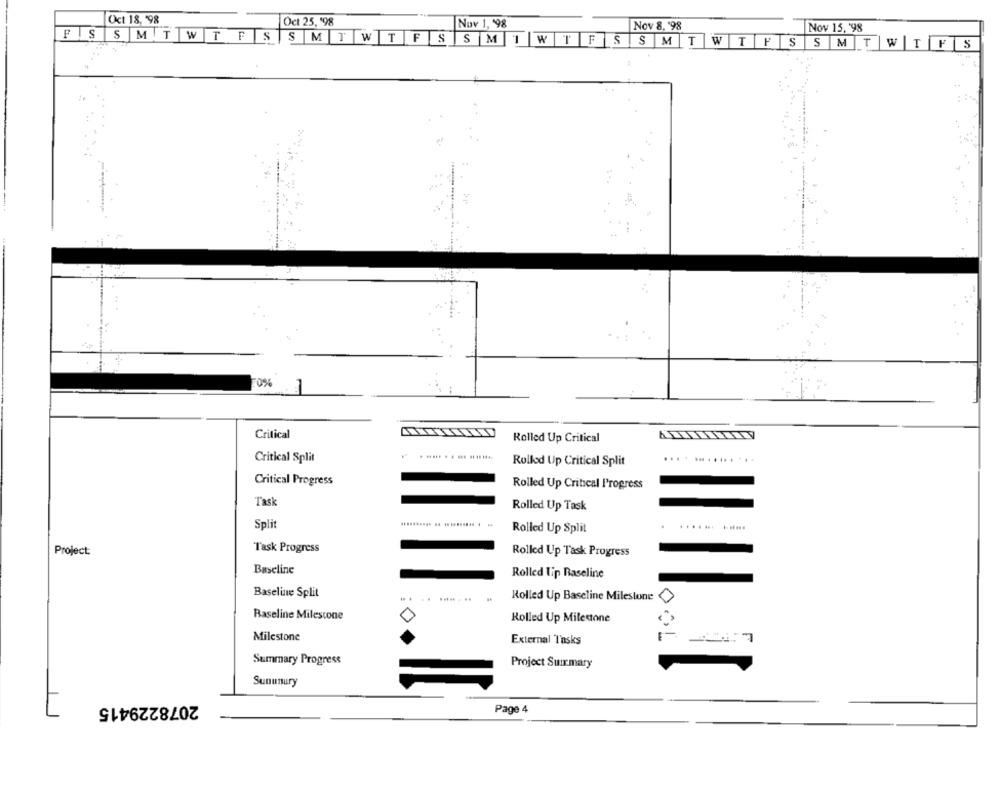
Oct 18, '98
Oct 25, '98
Nov 1, 98
Nov 8, 198
Nov 15, '98
FSSMTWTFSSMTWTFSS MI WTFSSMTWTFSSMTW TYS
.. .
70%
Critical
Rolled Up Critical
Critical Split
...... .
Rollod Up Critical Split
Critical Progress
Rolled Up Critical Progress
Task
Rolled Up Task
Split
Rolled Up Split
....... ......
Project:
Task Progress
Rolled Up Task Progress
Baseline
Rolled Tip Baseline
Baseline Split
Rolled Up Baseline Milestone
Baseline Milestone
Rolled Up Milestone
Milestone
External Tasks
Summary Progress
Project Suirmary
Sununury
2078229415
Page 4